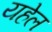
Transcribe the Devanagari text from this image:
यहेल